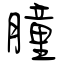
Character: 朣